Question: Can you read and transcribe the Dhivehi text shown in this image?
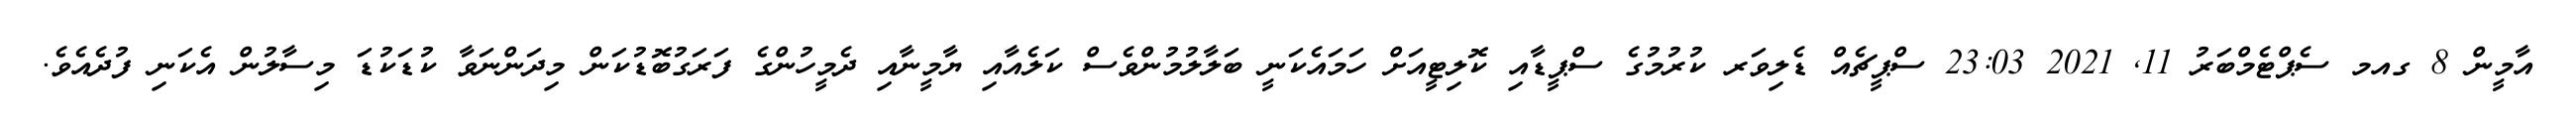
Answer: އާމީން 8 ގއމ ސެޕްޓެމްބަރު 11, 2021 23:03 ސްޕީޗެއް ޑެލިވަރ ކުރުމުގެ ސްޕީޑާއި ކޮލިޓީއަށް ހަމައެކަނީ ބަލާލުމުންވެސް ކަލެއާއި ޔާމީނާއި ދެމީހުންގެ ފަރަގުބޮޑުކަން މިދަންނަވާ ކުޑަކުޑަ މިސާލުން އެކަނި ފުދެއެވެ.